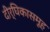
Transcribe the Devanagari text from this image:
दीर्घिकासमूह